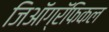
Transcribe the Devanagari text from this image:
जिऑग्रॅफिकल